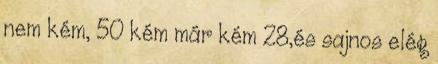
nem kém, 50 kém már kém 28,és sajnos elég